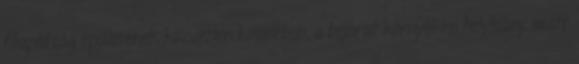
főapátság épületének közvetlen közelében, a bejárat környékén helyhiány miatt